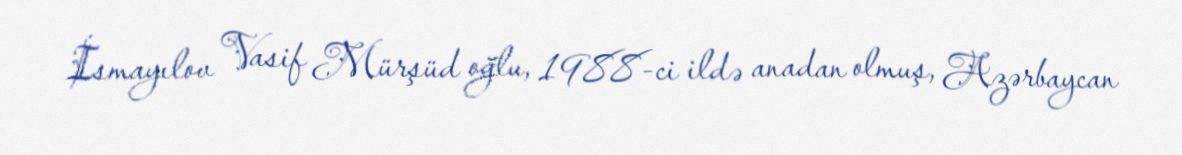
İsmayılov Vasif Mürşüd oğlu, 1988-ci ildə anadan olmuş, Azərbaycan